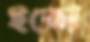
ইতো